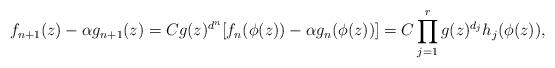
LaTeX: \begin{align*} f_{n+1}(z) - \alpha g_{n+1}(z) = C g(z)^{d^n}[ f_n(\phi(z)) - \alpha g_n(\phi(z))] = C \prod_{j = 1}^r g(z)^{d_j} h_j(\phi(z)),\end{align*}